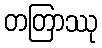
တတြာဿု